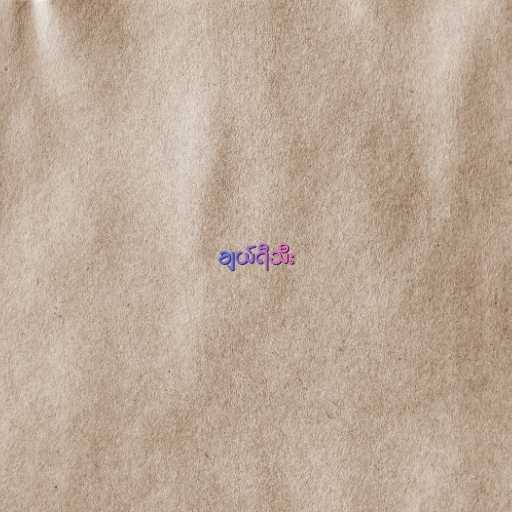
ချယ်ရီသီး